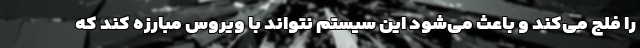
را فلج می‌کند و باعث می‌شود این سیستم نتواند با ویروس مبارزه کند که